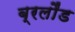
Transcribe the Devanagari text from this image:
ब्रलौंड